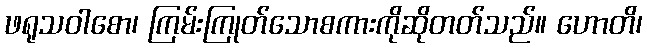
ဖရုသဝါစော၊ ကြမ်းကြုတ်သောစကားကိုဆိုတတ်သည်။ ဟောတိ၊